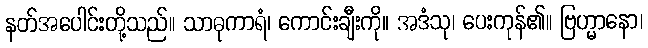
နတ်အပေါင်းတို့သည်။ သာဓုကာရံ၊ ကောင်းချီးကို။ အဒံသု၊ ပေးကုန်၏။ ဗြဟ္မာနော၊